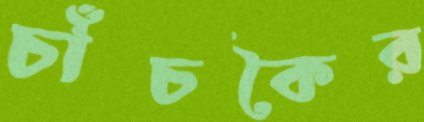
চাঁচকৈর